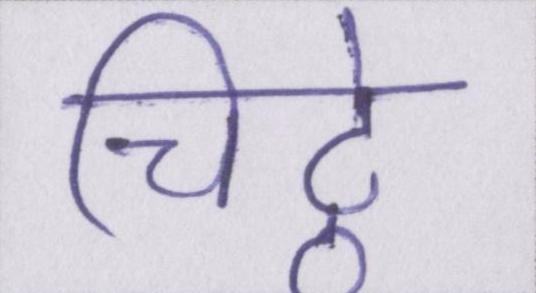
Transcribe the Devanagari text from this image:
चिट्ठे